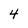
Character: 4